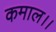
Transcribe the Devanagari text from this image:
कमाल।।